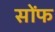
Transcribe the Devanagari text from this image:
सोंफ